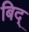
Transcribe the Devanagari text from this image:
बिद्